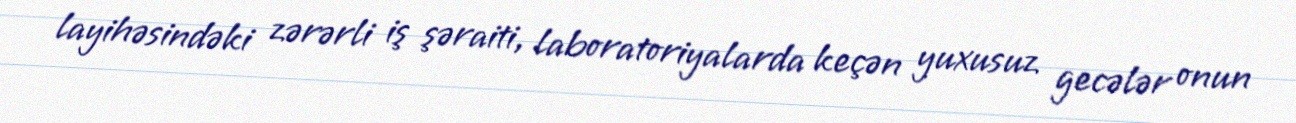
layihəsindəki zərərli iş şəraiti, laboratoriyalarda keçən yuxusuz gecələr onun